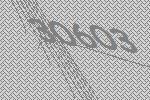
30603